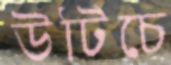
উটিচে